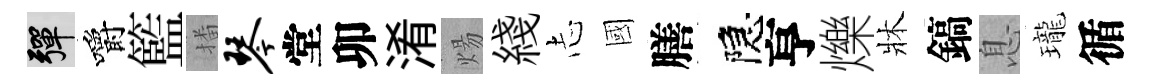
彈嚼籃播琴堂卯淆煬綫𢖽國膳隠亨爍牀鎬息瓏循